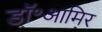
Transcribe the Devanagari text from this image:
डॉ॰आमिर